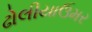
ઢોલીયાઉમર